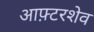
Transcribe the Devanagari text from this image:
आफ़्टरशेव